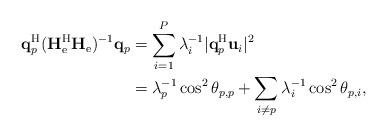
LaTeX: \begin{align*}\mathbf{q}_p^{\mathrm{H}}(\mathbf{H}_{\mathrm{e}}^{\mathrm{H}}\mathbf{H}_{\mathrm{e}})^{-1}\mathbf{q}_p&=\sum_{i=1}^{P}\lambda_i^{-1}|\mathbf{q}_p^{\mathrm{H}}\mathbf{u}_i|^2\\&=\lambda_p^{-1}\cos^2\theta_{p,p}+\sum_{i\neq p}\lambda_i^{-1}\cos^2\theta_{p,i},\end{align*}